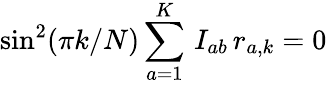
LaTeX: \sin^{2}(\pi k/N)\sum_{a=1}^{K}\, I_{ab}\, r_{a,k}=0